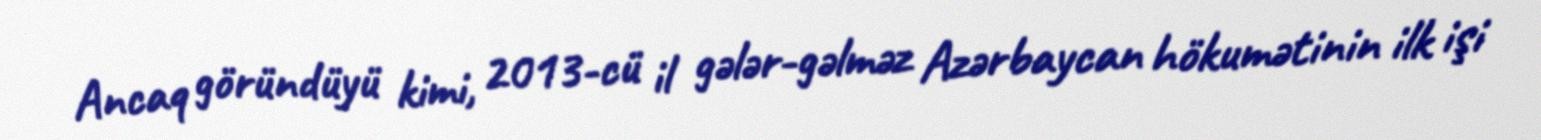
Ancaq göründüyü kimi, 2013-cü il gələr-gəlməz Azərbaycan hökumətinin ilk işi